画像に写った文字を読んでください
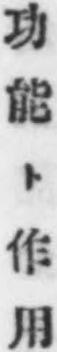
「功能ト作用」と書いてあります